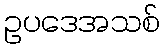
ဥပဒေအသစ်